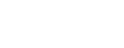
မေတ္တိယာယ